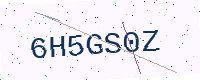
Text: 6H5GS0Z